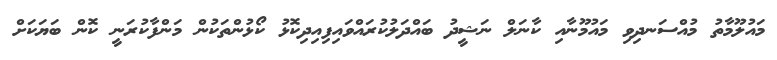
މައުލޫމާތު މުއްސަނދިވި މައުމޫނާއި ކާނަލް ނަޝީދު ބައްދަލުކުރައްވައިފިއިދިކޮޅު ކޯޅުންތަކުން މަންފާކުރަނީ ކޮން ބަޔަކަށް